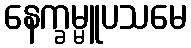
နေက္ခမ္မူပသမေ